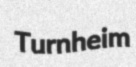
Turnheim